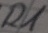
Text: R1